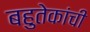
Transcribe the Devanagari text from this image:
बहुतेकांची